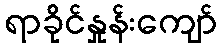
ရာခိုင်နှုန်းကျော်